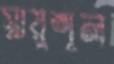
স্নায়ুশূল